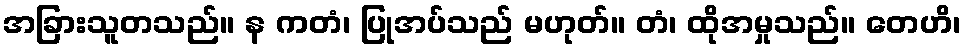
အခြားသူတသည်။ န ကတံ၊ ပြုအပ်သည် မဟုတ်။ တံ၊ ထိုအမှုသည်။ တေဟိ၊